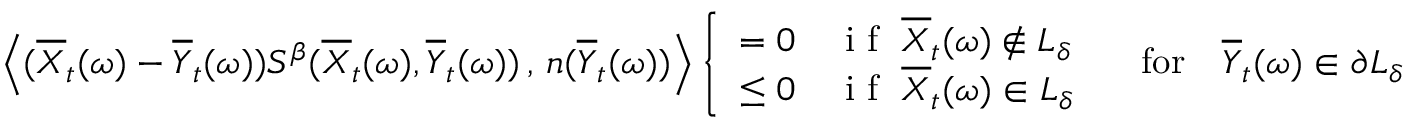
\left\langle ( \overline { X } _ { t } ( \omega ) - \overline { Y } _ { t } ( \omega ) ) S ^ { \beta } ( \overline { X } _ { t } ( \omega ) , \overline { Y } _ { t } ( \omega ) ) \, , \, n ( \overline { Y } _ { t } ( \omega ) ) \right\rangle \left\{ \begin{array} { l l } { = 0 } & { \textup { i f } \; \overline { X } _ { t } ( \omega ) \notin L _ { \delta } } \\ { \leq 0 } & { \textup { i f } \; \overline { X } _ { t } ( \omega ) \in L _ { \delta } } \end{array} \right. \quad \mathrm { f o r } \quad \overline { Y } _ { t } ( \omega ) \in \partial L _ { \delta }